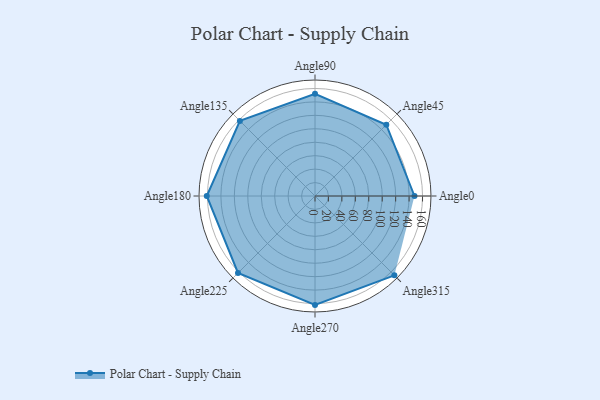
{"axis": {"x": "Angle", "y": "Radius"}, "legend": [""], "data": [{"x": "Angle0", "y": 148.0, "type": ""}, {"x": "Angle45", "y": 150.0, "type": ""}, {"x": "Angle90", "y": 152.0, "type": ""}, {"x": "Angle135", "y": 158.0, "type": ""}, {"x": "Angle180", "y": 161.0, "type": ""}, {"x": "Angle225", "y": 162.0, "type": ""}, {"x": "Angle270", "y": 162.0, "type": ""}, {"x": "Angle315", "y": 167.0, "type": ""}]}